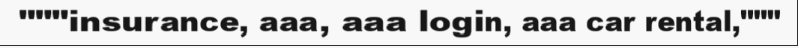
"""insurance, aaa, aaa login, aaa car rental,"""